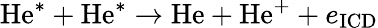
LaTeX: \mathrm{He}^{*}+\mathrm{He}^{*}\rightarrow\mathrm{He}+\mathrm{He}^{+}+e_{\mathrm{ICD}}